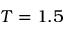
T = 1 . 5